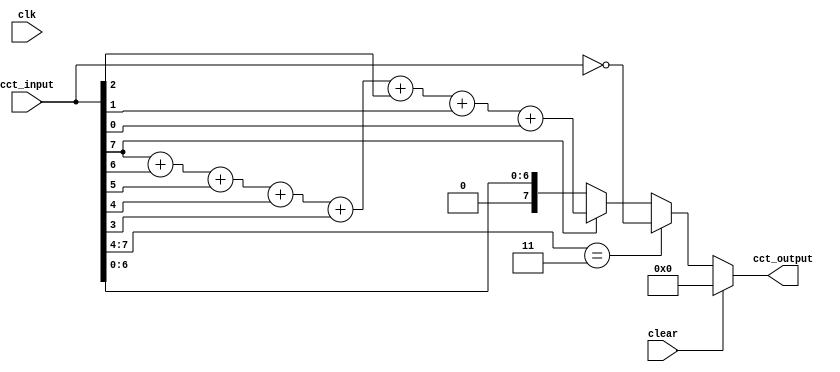
module student_circuit_Q2 (
          input clk, clear,
          input [7:0] cct_input,
          output reg [7:0] cct_output
			 );

always @ *
if (clear == 1'b1) cct_output = 8'd0;
else if (cct_input[7:4] == 4'b11) cct_output = ~cct_input;
else if (cct_input[7] == 1'b1) 
cct_output = {7'd0,cct_input[7]} + {7'd0,cct_input[6]} + {7'd0,cct_input[5]} + {7'd0,cct_input[4]} + {7'd0,cct_input[3]} + {7'd0,cct_input[2]} + {7'd0,cct_input[1]} + {7'd0,cct_input[0]};
else cct_output = cct_input;

endmodule